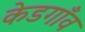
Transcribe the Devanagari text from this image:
केडगाँव